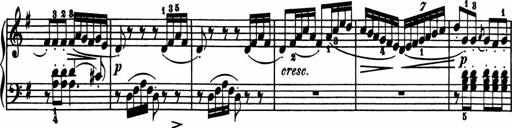
Title: Sonatina in G major
Composer: Friedrich Kuhlau
Key: G major